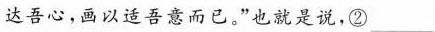
达吾心，画以适吾意而已。"也就是说,②___